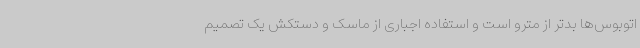
اتوبوس‌ها بدتر از مترو است و استفاده اجباری از ماسک و دستکش یک تصمیم